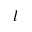
l